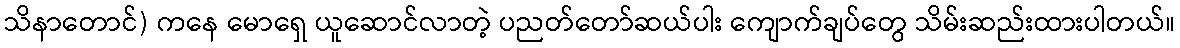
သိနာတောင်) ကနေ မောရှေ ယူဆောင်လာတဲ့ ပညတ်တော်ဆယ်ပါး ကျောက်ချပ်တွေ သိမ်းဆည်းထားပါတယ်။